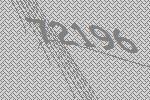
72196